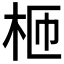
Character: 𣐝